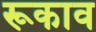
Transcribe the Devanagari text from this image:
रूकाव